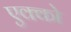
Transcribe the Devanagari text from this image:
एक्को